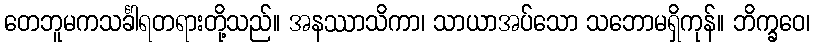
တေဘူမကသင်္ခါရတရားတို့သည်။ အနဿာသိကာ၊ သာယာအပ်သော သဘောမရှိကုန်။ ဘိက္ခဝေ၊